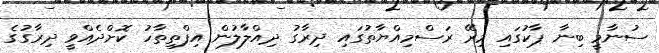
ސުނާމީ ބިނާ ޕާކުގައި މިރޭ ރަސްމިއްޔާތުގައި ދިރާގު ދިއްލާލުން އިފްތިތާހު ކޮށްދެއްވީ ދިރާގުގެ